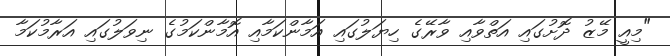
"މިއީ މޭޒު ދޮށުގައި އަތްވާއި ވާރޭގެ ހިޔަލުގައި އަމާންކަމާއި އޮމާންކަމުގެ ނިވަލުގައި އަރާމުކަމާ